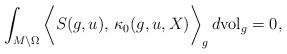
LaTeX: \begin{align*}\int_{M\setminus \Omega} \bigg\langle S(g, u),\, \kappa_0(g, u, X) \bigg \rangle_g\, d\mathrm{vol}_g &=0 ,\end{align*}